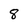
Character: 8